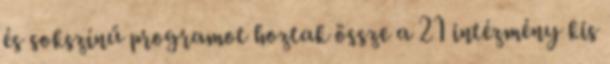
és sokszínű programot hoztak össze a 21 intézmény kis